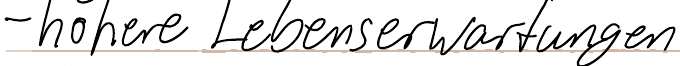
- höhere Lebenserwartungen